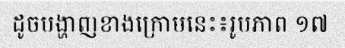
ដូចបង្ហាញខាងក្រោមនេះ៖រូបភាព ១៧